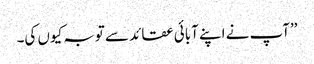
’’آپ نے اپنے آبائی عقائد سے توبہ کیوں کی۔